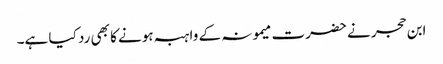
ابن حجر نے حضرت میمونہ کے واہبہ ہونے کا بھی رد کیا ہے۔